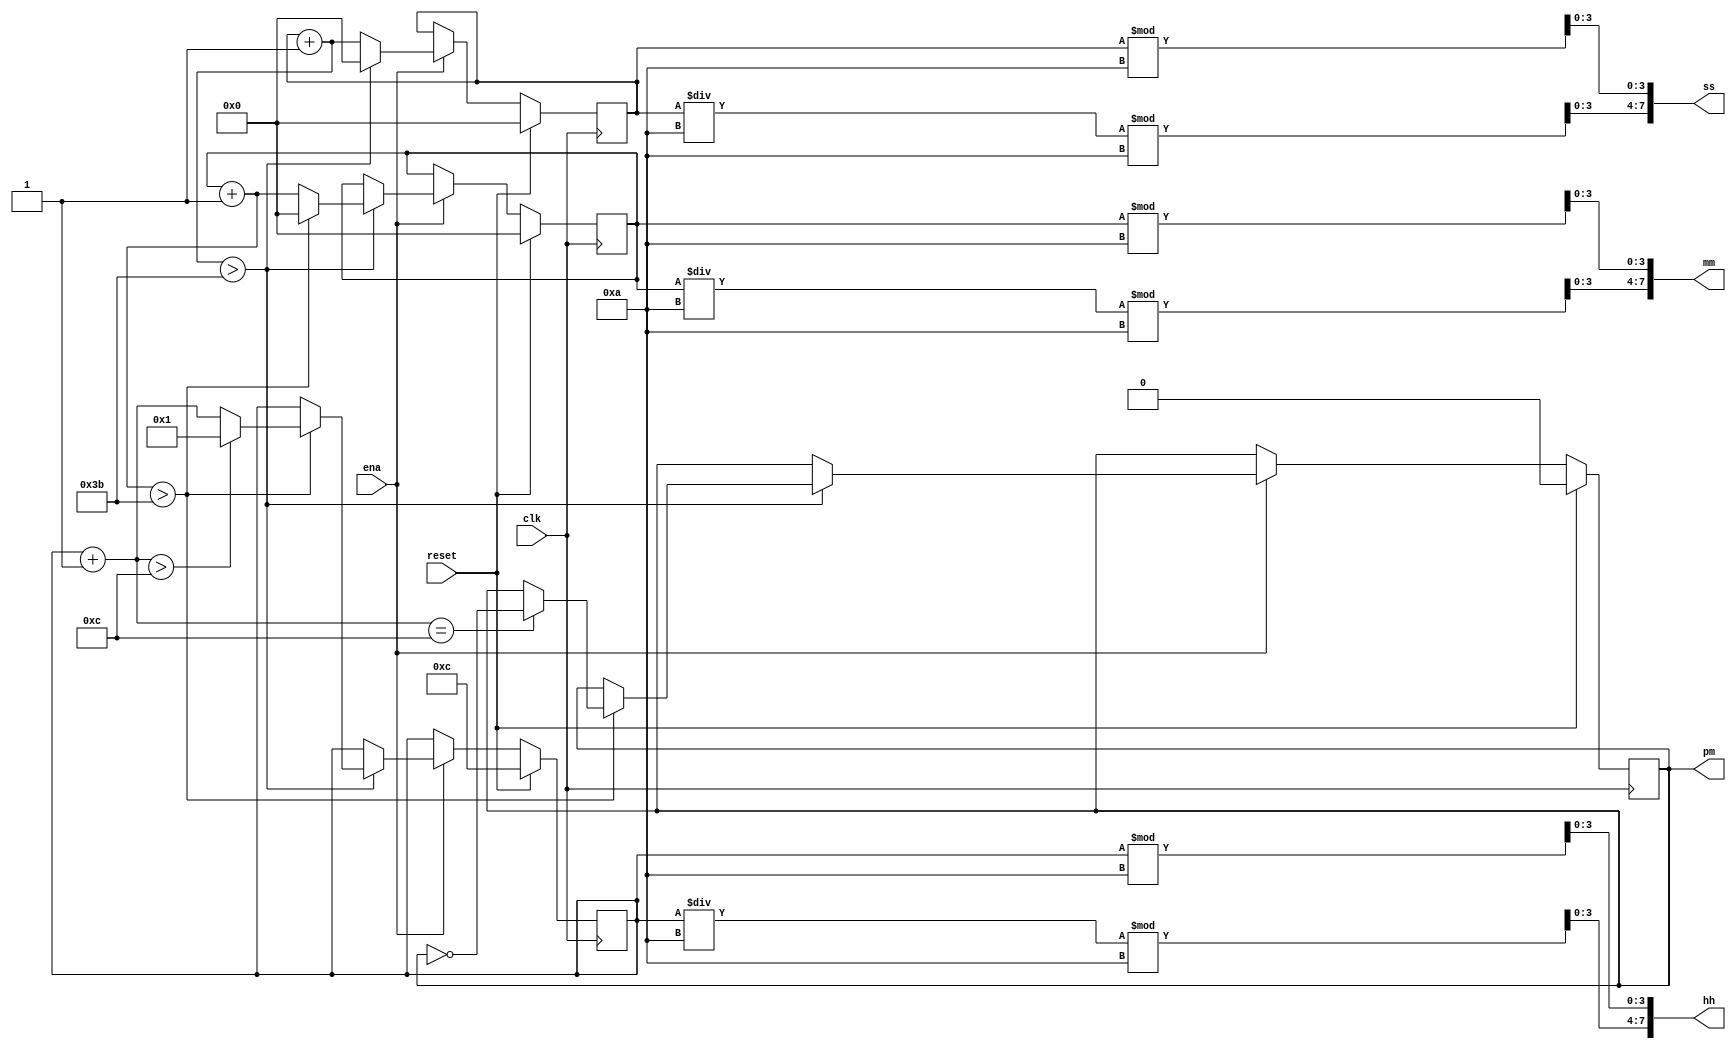
module top_module(
    input clk,
    input reset,
    input ena,
    output reg pm,
    output [7:0] hh,
    output [7:0] mm,
    output [7:0] ss);

    reg [7:0] ihh, imm, iss;

  function [7:0] BCD(input [7:0] val);
    begin
      BCD[3:0] = val % 10;
      BCD[7:4] = (val / 10) % 10;
    end
  endfunction

    always @(posedge clk)
    begin
        if (reset)
        begin
            pm = 0;
            ihh = 12;
            imm = 0;
            iss = 0;
        end
        else if (ena)
        begin
            iss = iss + 1;
            if (iss > 59)
            begin
                iss = 0;
                imm = imm + 1;
                if (imm > 59)
                begin
                    imm = 0;
                    ihh = ihh + 1;
                    if (ihh == 12)
                        pm = ~pm;
                    if (ihh > 12)
                    begin
                        ihh = 1;
                    end
                end
            end
        end
    end

    assign hh = BCD(ihh);
    assign mm = BCD(imm);
    assign ss = BCD(iss);
endmodule